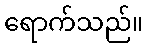
ရောက်သည်။